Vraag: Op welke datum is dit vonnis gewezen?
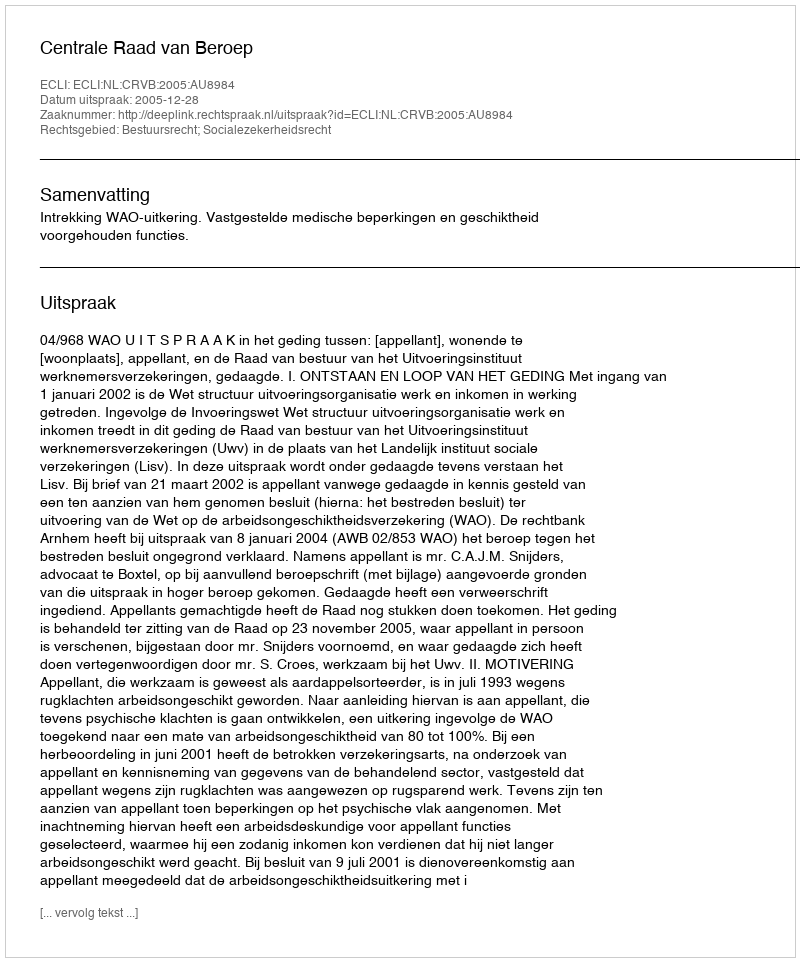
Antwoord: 2005-12-28